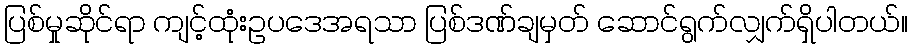
ပြစ်မှုဆိုင်ရာ ကျင့်ထုံးဥပဒေအရသာ ပြစ်ဒဏ်ချမှတ် ဆောင်ရွက်လျှက်ရှိပါတယ်။